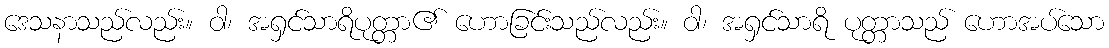
ဒေသနာသည်လည်း။ ဝါ၊ အရှင်သာရိပုတ္တာ၏ ဟောခြင်းသည်လည်း။ ဝါ၊ အရှင်သာရိ ပုတ္တာသည် ဟောအပ်သော